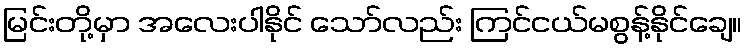
မြင်းတို့မှာ အလေးပါနိုင် သော်လည်း ကြင်ငယ်မစွန့်နိုင်ချေ။